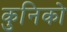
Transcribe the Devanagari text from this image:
कुनिको